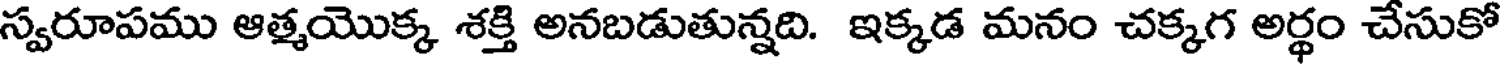
స్వరూపము ఆత్మయొక్క శక్తి అనబడుతున్నది. ఇక్కడ మనం చక్కగ అర్థం చేసుకో